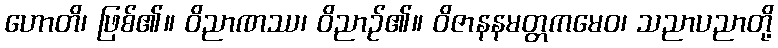
ဟောတိ၊ ဖြစ်၏။ ဝိညာဏဿ၊ ဝိညာဉ်၏။ ဝိဇာနနမတ္တကမေဝ၊ သညာပညာတို့